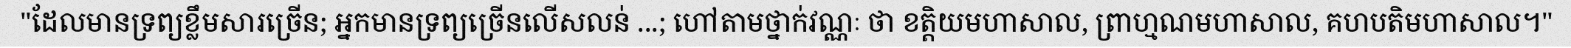
"ដែលមានទ្រព្យខ្លឹមសារច្រើន; អ្នកមានទ្រព្យច្រើនលើសលន់ ...; ហៅតាមថ្នាក់វណ្ណៈ ថា ខត្តិយមហាសាល, ព្រាហ្មណមហាសាល, គហបតិមហាសាល។"